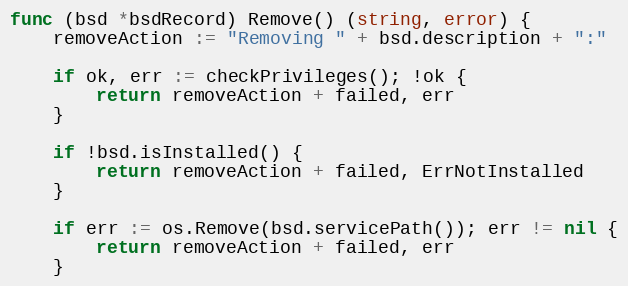
Language: Go
func (bsd *bsdRecord) Remove() (string, error) {
	removeAction := "Removing " + bsd.description + ":"

	if ok, err := checkPrivileges(); !ok {
		return removeAction + failed, err
	}

	if !bsd.isInstalled() {
		return removeAction + failed, ErrNotInstalled
	}

	if err := os.Remove(bsd.servicePath()); err != nil {
		return removeAction + failed, err
	}